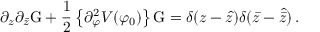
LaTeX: \partial _ { z } \partial _ { \bar { z } } \mathrm { G } + \frac { 1 } { 2 } \left\{ \partial _ { \varphi } ^ { 2 } V ( \varphi _ { 0 } ) \right\} \mathrm { G } = \delta ( z - \hat { z } ) \delta ( \bar { z } - \hat { \bar { z } } ) \, .